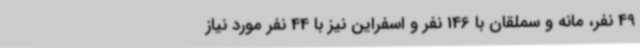
49 نفر، مانه و سملقان با 146 نفر و اسفراین نیز با 44 نفر مورد نیاز